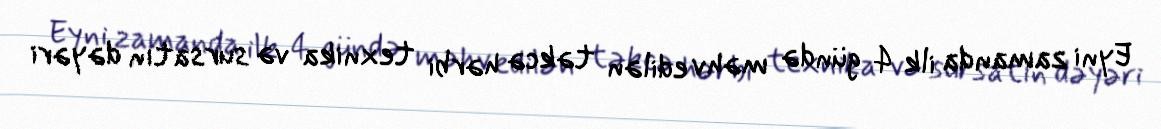
Eyni zamanda ilk 4 gündə məhv edilən təkcə hərbi texnika və sursatın dəyəri